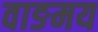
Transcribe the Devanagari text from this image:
वाङमय